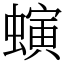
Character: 螾